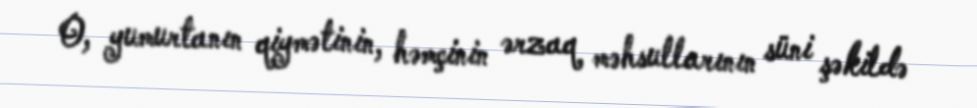
O, yumurtanın qiymətinin, həmçinin ərzaq məhsullarının süni şəkildə